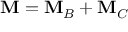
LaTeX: \mathbf { M } = \mathbf { M } _ { B } + \mathbf { M } _ { C }